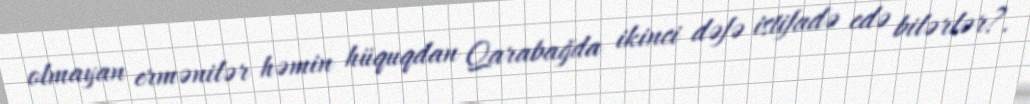
olmayan ermənilər həmin hüquqdan Qarabağda ikinci dəfə istifadə edə bilərlər?.